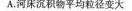
A.河床沉积物平均粒径变大